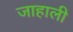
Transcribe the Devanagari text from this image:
जाहाली